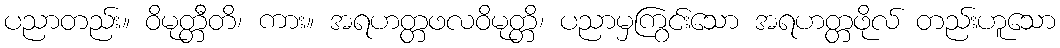
ပညာတည်း။ ဝိမုတ္တီတိ၊ ကား။ အရဟတ္တဖလဝိမုတ္တိ၊ ပညာမှကြွင်းသော အရဟတ္တဖိုလ် တည်းဟူသော